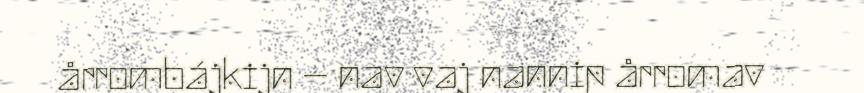
årrombájkijn – nav vaj nannip årromav